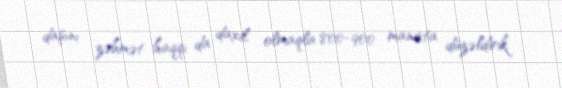
daşını zəhmət haqqı da daxil olmaqla 800-900 manata düzəldirik.